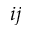
i j